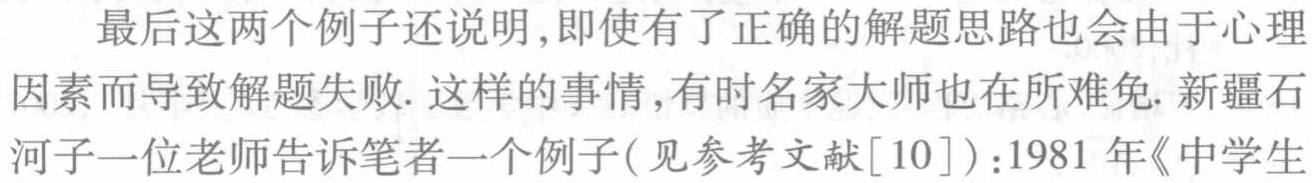
最后这两个例子还说明,即使有了正确的解题思路也会由于心理因素而导致解题失败. 这样的事情,有时名家大师也在所难免. 新疆石河子一位老师告诉笔者一个例子(见参考文献[10]):1981 年《中学生